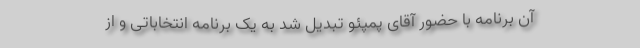
آن برنامه با حضور آقای پمپئو تبدیل شد به یک برنامه انتخاباتی و از